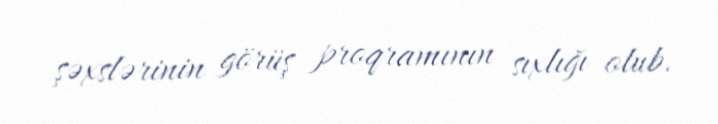
şəxslərinin görüş proqramının sıxlığı olub.